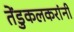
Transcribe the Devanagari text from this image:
तेंडुकलकरांनी